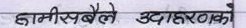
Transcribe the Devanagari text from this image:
हामीसबैले उदाहरणको